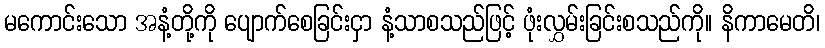
မကောင်းသော အနံ့တို့ကို ပျောက်စေခြင်းငှာ နံ့သာစသည်ဖြင့် ဖုံးလွှမ်းခြင်းစသည်ကို။ နိကာမေတိ၊